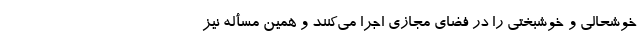
خوشحالی و خوشبختی را در فضای مجازی اجرا می‌کنند و همین مسأله نیز